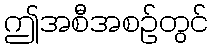
ဤအစီအစဉ်တွင်